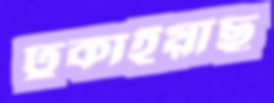
ঢুকাইয়াছ